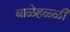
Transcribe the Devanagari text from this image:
बाळेहळ्ळी